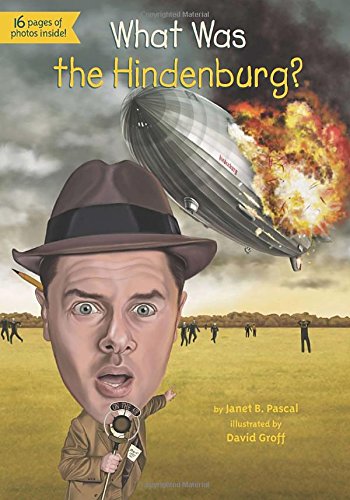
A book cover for What Was the Hindenburg?; Janet Pascal; Children's Books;